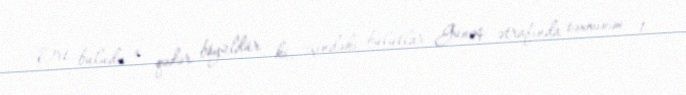
Ort buludu o qədər böyüldür ki, içindəki bulutlar Günəş ətrafında təxminən 1